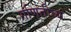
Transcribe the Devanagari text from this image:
गणितीव्य